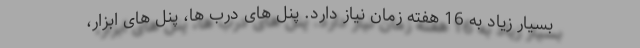
بسیار زیاد به 16 هفته زمان نیاز دارد. پنل های درب ها، پنل های ابزار،